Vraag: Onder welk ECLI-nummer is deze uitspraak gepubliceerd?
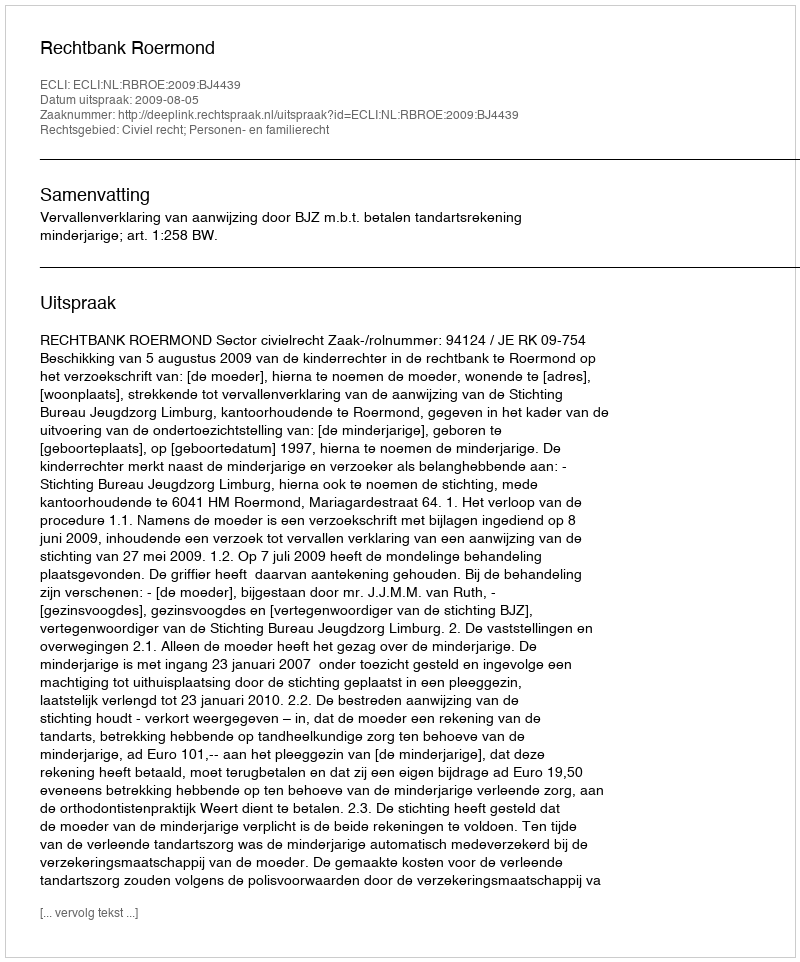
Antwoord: ECLI:NL:RBROE:2009:BJ4439